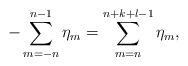
LaTeX: \begin{align*}-\sum_{m=-n}^{n-1}\eta_m=\sum_{m=n}^{n+k+l-1} \eta_m,\end{align*}